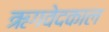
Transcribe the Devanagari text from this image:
ऋगवेदकाल